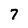
Character: 7